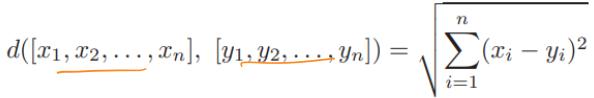
\[d([\underline{x_1, x_2, \ldots, x_n}], [\underline{y_1, y_2, \ldots, y_n}]) = \sqrt{\sum_{i = 1}^{n}(x_i - y_i)^2}\]